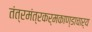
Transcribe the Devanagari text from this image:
तंत्रमंत्रकर्मकाण्डाचार्य